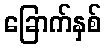
ခြောက်နှစ်